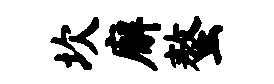
坎廨螯